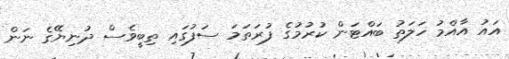
އައު އާއްމު ހަލަތު ބައްޓަން ކުރުމުގެ ފުރަތަމަ ސަފުގައި ތިބީވެސް ދުނިޔޭގެ ނަން